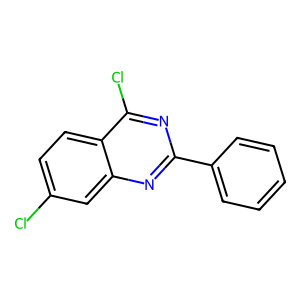
SMILES: Clc1ccc2c(Cl)nc(-c3ccccc3)nc2c1
Inhibits HIV replication: No